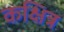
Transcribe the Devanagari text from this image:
कक्षित्र